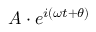
A \cdot e ^ { i ( \omega t + \theta ) }